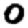
Digit: 0